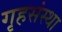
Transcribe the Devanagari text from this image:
गृहसंस्था